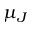
\mu _ { J }